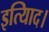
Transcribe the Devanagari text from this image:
इत्यािद।